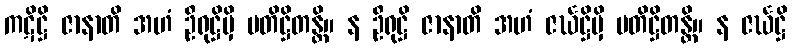
ကဋိဋ္ဌိ ဇာနာတိ အဟံ ဦရုဋ္ဌိမှိ ပတိဋ္ဌိတန္တိ။ န ဦရုဋ္ဌိ ဇာနာတိ အဟံ ဇင်္ဃဋ္ဌိမှိ ပတိဋ္ဌိတန္တိ။ န ဇင်္ဃဋ္ဌိ